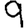
Digit: 9